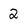
Character: 2